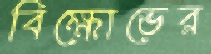
বিক্ষোভের